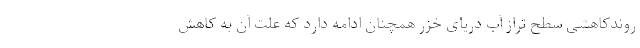
روندکاهشی سطح تراز آب دریای خزر همچنان ادامه دارد که علت آن به کاهش